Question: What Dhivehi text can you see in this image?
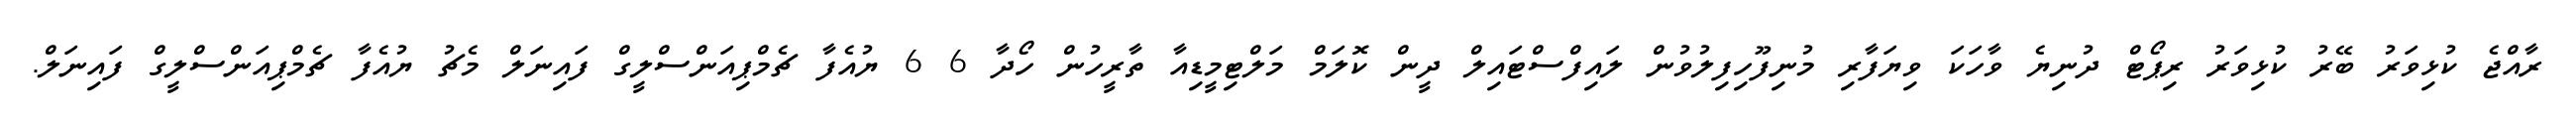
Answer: ރާއްޖެ ކުޅިވަރު ބޭރު ކުޅިވަރު ރިޕޯޓް ދުނިޔެ ވާހަކަ ވިޔަފާރި މުނިފޫހިފިލުވުން ލައިފްސްޓައިލް ދީން ކޮލަމް މަލްޓިމީޑިއާ ތާރީހުން ހޯދާ 6 6 ޔުއެފާ ޗެމްޕިއަންސްލީގް ފައިނަލް މެޗު ޔުއެފާ ޗެމްޕިއަންސްލީގް ފައިނަލް.